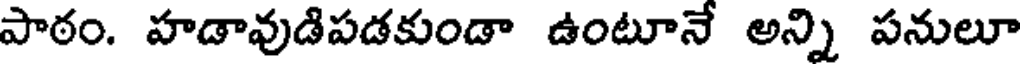
పాఠం. హడావుడిపడకుండా ఉంటూనే అన్ని పనులూ